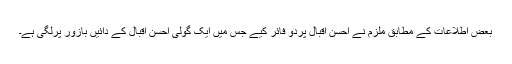
بعض اطلاعات کے مطابق ملزم نے احسن اقبال پردو فائر کیے جس میں ایک گولی احسن اقبال کے دائیں بازور پرلگی ہے۔